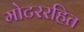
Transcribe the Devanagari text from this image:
मोटररहित